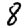
Digit: 8